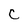
Character: C